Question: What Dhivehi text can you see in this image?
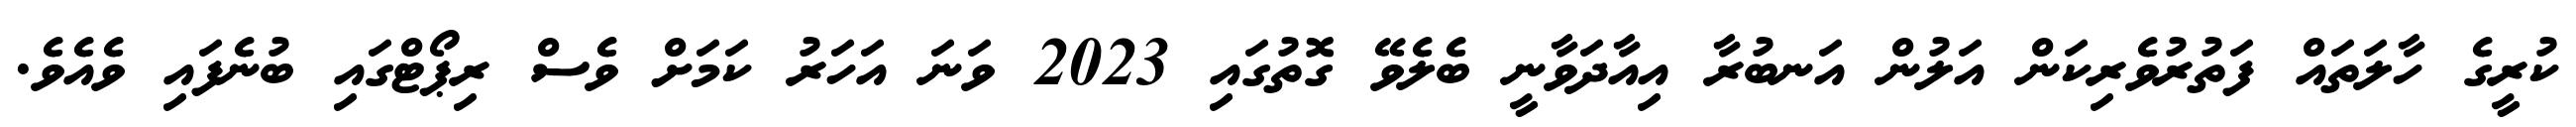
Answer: ކުރީގެ ހާލަތައް ފަތުރުވެރިކަން އަލުން އަނބުރާ އިއާދަވާނީ ބެލެވޭ ގޮތުގައި 2023 ވަނަ އަހަރު ކަމަށް ވެސް ރިޕޯޓްގައި ބުނެފައި ވެއެވެ.